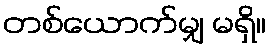
တစ်ယောက်မျှ မရှိ။